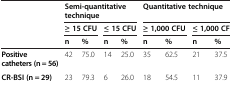
|  | <COLSPAN=4> Semi-quantitative technique | <COLSPAN=4> Quantitative technique |
 |  | <COLSPAN=2> ≥ 15 CFU | <COLSPAN=2> ≤ 15 CFU | <COLSPAN=2> ≥ 1,000 CFU | <COLSPAN=2> ≤ 1,000 CFU |
 |  | n | % | n | % | n | % | n | % |
 | --- | --- | --- | --- | --- | --- | --- | --- | --- |
 | Positive catheters (n = 56) | 42 | 75.0 | 14 | 25.0 | 35 | 62.5 | 21 | 37.5 |
 | CR-BSI (n = 29) | 23 | 79.3 | 6 | 26.0 | 18 | 54.5 | 11 | 37.9 |